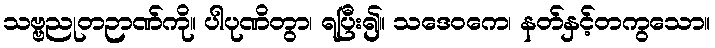
သဗ္ဗညုတဉာဏ်ကို။ ပါပုဏိတွာ၊ ရပြီး၍။ သဒေဝကေ၊ နတ်နှင့်တကွသော။